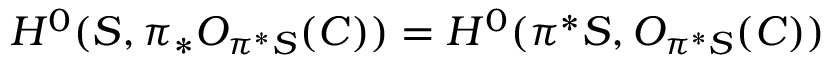
H ^ { 0 } ( { \cal S } , \pi _ { * } { \cal O } _ { \pi ^ { * } { \cal S } } ( C ) ) = H ^ { 0 } ( \pi ^ { * } { \cal S } , { \cal O } _ { \pi ^ { * } { \cal S } } ( C ) )